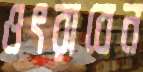
ওৎরাবেন